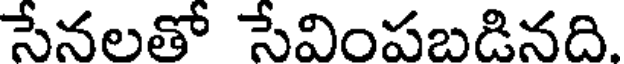
సేనలతో సేవింపబడినది.